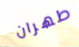
طهران